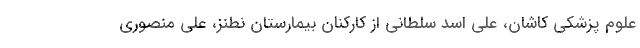
علوم پزشکی کاشان، علی اسد سلطانی از کارکنان بیمارستان نطنز، علی منصوری